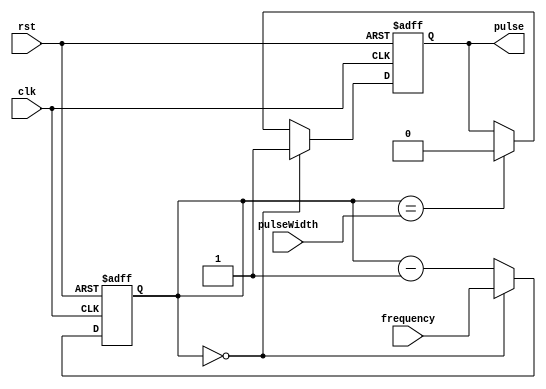
module PulseGenerator(
    input wire clk,
    input wire rst,
    input wire [7:0] pulseWidth,
    input wire [15:0] frequency,
    output reg pulse
);

reg [15:0] count;

always @(posedge clk or posedge rst) begin
    if (rst) begin
        count <= 0;
        pulse <= 0;
    end else begin
        if (count == 0) begin
            pulse <= 1;
            count <= frequency;
        end else begin
            count <= count - 1;
            if (count == pulseWidth) begin
                pulse <= 0;
            end
        end
    end
end

endmodule